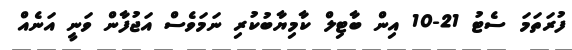
ފުރަތަމަ ސެޓު 21-10 އިން ބާޓިލް ކާމިޔާބުކުރި ނަމަވެސް އަޖުފާން ވަނީ އަނެއް